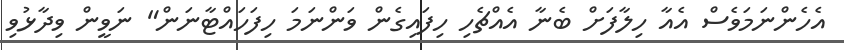
އެހެންނަމަވެސް އެއާ ހިލާފަށް ބެނާ އެއްޗެހި ހިފައިގެން ވަންނަމަ ހިފަހައްޓާނަން" ނަވީން ވިދާޅުވި